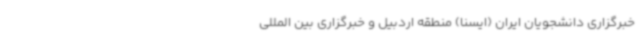
خبرگزاری دانشجویان ایران (ایسنا) منطقه اردبیل و خبرگزاری بین المللی